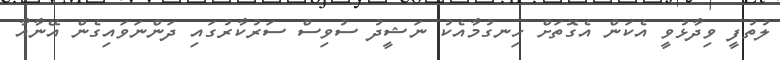
ލުތުފީ ވިދާޅުވީ އެކަން އެގޮތަށް ހިނގުމާއެކު ނަޝީދު ސުވިސް ސަރުކާރުގައި ދަންނަވައިގެން އޭނާއާ